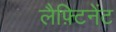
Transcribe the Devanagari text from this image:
लैफ़्टिनेंट